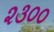
૨૩૦૦